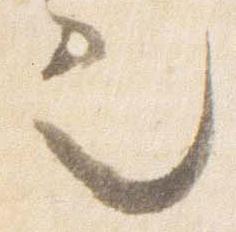
也